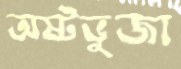
অষ্টভুজা